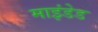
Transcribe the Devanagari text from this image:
माइंडेड